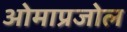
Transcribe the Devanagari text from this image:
ओमाप्रजोल